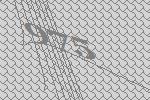
975